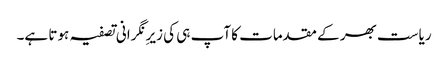
ریاست بھر کے مقدمات کا آپ ہی کی زیرِ نگرانی تصفیہ ہوتا ہے۔